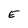
Character: E